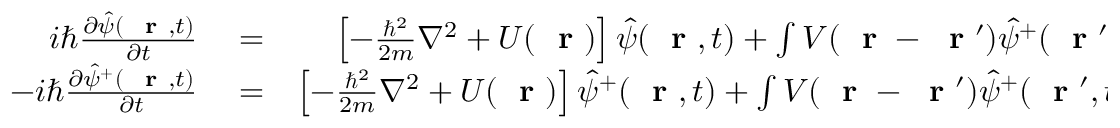
\begin{array} { r l r } { i \hbar \frac { \partial \hat { \psi } ( \mathrm { ~ \bf ~ r ~ } , t ) } { \partial t } } & { { } = } & { \left[ - \frac { \hbar ^ { 2 } } { 2 m } \nabla ^ { 2 } + U ( \mathrm { ~ \bf ~ r ~ } ) \right] \hat { \psi } ( \mathrm { ~ \bf ~ r ~ } , t ) + \int V ( \mathrm { ~ \bf ~ r ~ } - \mathrm { ~ \bf ~ r ~ } ^ { \prime } ) \hat { \psi } ^ { + } ( \mathrm { ~ \bf ~ r ~ } ^ { \prime } , t ) \hat { \psi } ( \mathrm { ~ \bf ~ r ~ } ^ { \prime } , t ) \, d ^ { 3 } r ^ { \prime } \; \hat { \psi } ( \mathrm { ~ \bf ~ r ~ } , t ) } \\ { - i \hbar \frac { \partial \hat { \psi } ^ { + } ( \mathrm { ~ \bf ~ r ~ } , t ) } { \partial t } } & { { } = } & { \left[ - \frac { \hbar ^ { 2 } } { 2 m } \nabla ^ { 2 } + U ( \mathrm { ~ \bf ~ r ~ } ) \right] \hat { \psi } ^ { + } ( \mathrm { ~ \bf ~ r ~ } , t ) + \int V ( \mathrm { ~ \bf ~ r ~ } - \mathrm { ~ \bf ~ r ~ } ^ { \prime } ) \hat { \psi } ^ { + } ( \mathrm { ~ \bf ~ r ~ } ^ { \prime } , t ) \hat { \psi } ( \mathrm { ~ \bf ~ r ~ } ^ { \prime } , t ) \, d ^ { 3 } r ^ { \prime } \; \hat { \psi } ^ { + } ( \mathrm { ~ \bf ~ r ~ } , t ) } \end{array}